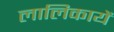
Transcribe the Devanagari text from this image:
लालिकायें